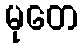
မုတေ